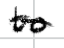
Text: to
Cross-out: single-line
Writing tool: digital_black